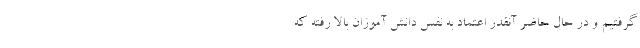
گرفتیم و در حال حاضر آنقدر اعتماد به نفس دانش آموزان بالا رفته که